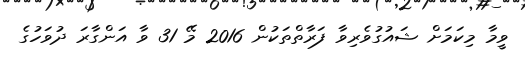
ވީމާ މިކަމަށް ޝައުގުވެރިވާ ފަރާތްތަކުން 2016 މޭ 31 ވާ އަންގާރަ ދުވަހުގެ